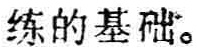
练的基础。